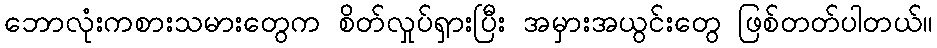
ဘောလုံးကစားသမားတွေက စိတ်လှုပ်ရှားပြီး အမှားအယွင်းတွေ ဖြစ်တတ်ပါတယ်။